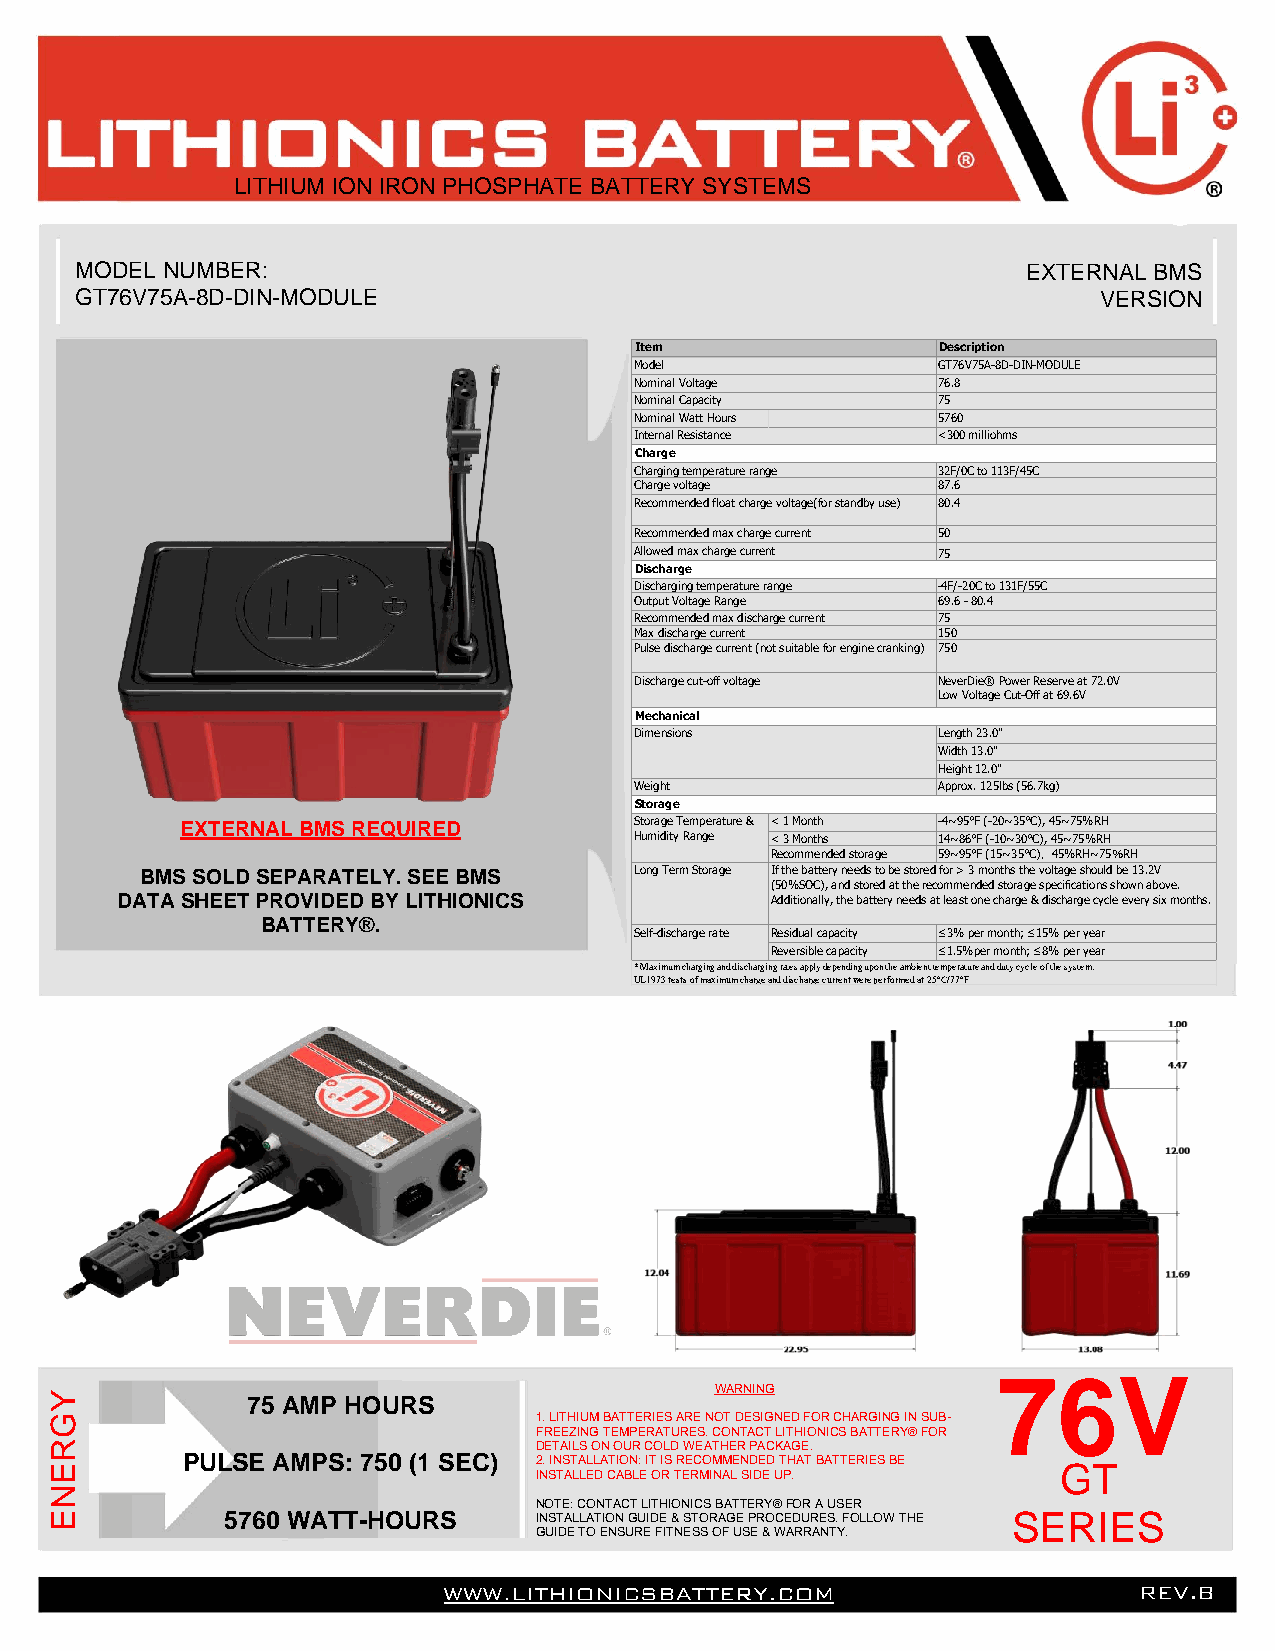
LITHIUM ION IRON PHOSPHATE BATTERY SYSTEMS
 MODEL NUMBER:                                                  EXTERNAL BMS
 GT76V75A-8D-DIN-MODULE                                              VERSION
 Item                Description
 Model               GT76V75A-8D-DIN-MODULE
 Nominal Voltage     76.8
 Nominal Capacity    75
 Nominal Watt Hours  5760
 Internal Resistance <300 milliohms
 Charge
 Charging temperature range 32F/0C to 113F/45C
 Charge voltage      87.6
 Recommended float charge voltage(for standby use) 80.4
 Recommended max charge current 50
 Allowed max charge current 75
 Discharge
 Discharging temperature range -4F/-20C to 131F/55C
 Output Voltage Range 69.6 - 80.4
 Recommended max discharge current 75
 Max discharge current 150
 Pulse discharge current (not suitable for engine cranking) 750
 Discharge cut-off voltage NeverDie® Power Reserve at 72.0V
 Low Voltage Cut-Off at 69.6V
 Mechanical
 DCihmaernascitoenrsistics Length 23.0"
 Width 13.0"
 Height 12.0"
 Weight              Approx. 125lbs (56.7kg)
 Storage
 EXTERNAL BMS REQUIRED         Storage Temperature & < 1 Month -4~95°F (-20~35°C), 45~75%RH
 Humidity Range < 3 Months 14~86°F (-10~30°C), 45~75%RH
 Recommended storage 59~95°F (15~35°C)，45%RH~75％RH
 BMS SOLD SEPARATELY. SEE BMS     Long Term Storage If the battery needs to be stored for > 3 months the voltage should be 13.2V
 (50%SOC), and stored at the recommended storage specifications shown above.
 DATA SHEET PROVIDED BY LITHIONICS          Additionally, the battery needs at least one charge & discharge cycle every six months.
 BATTERY®.
 Self-discharge rate Residual capacity ≤3% per month; ≤15% per year
 Reversible capacity ≤1.5%per month; ≤8% per year
 * Maximum charging and discharging rates apply depending upon the ambient temperature and duty cycle of the system.
 UL1973 tests of maximum charge and discharge current were performed at 25°C/77°F
 76V
 WARNING
 Y            75 AMP HOURS
 G                               1. LITHIUM BATTERIES ARE NOT DESIGNED FOR CHARGING IN SUB-
 FREEZING TEMPERATURES. CONTACT LITHIONICS BATTERY® FOR
 R                               DETAILS ON OUR COLD WEATHER PACKAGE.
 PULSE AMPS: 750 (1 SEC) 2. INSTALLATION: IT IS RECOMMENDED THAT BATTERIES BE
 E                                                                  GT
 INSTALLED CABLE OR TERMINAL SIDE UP.
 N
 NOTE: CONTACT LITHIONICS BATTERY® FOR A USER
 E           5760 WATT-HOURS     INSTALLATION GUIDE & STORAGE PROCEDURES. FOLLOW THE SERIES
 GUIDE TO ENSURE FITNESS OF USE & WARRANTY.